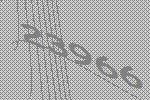
23966